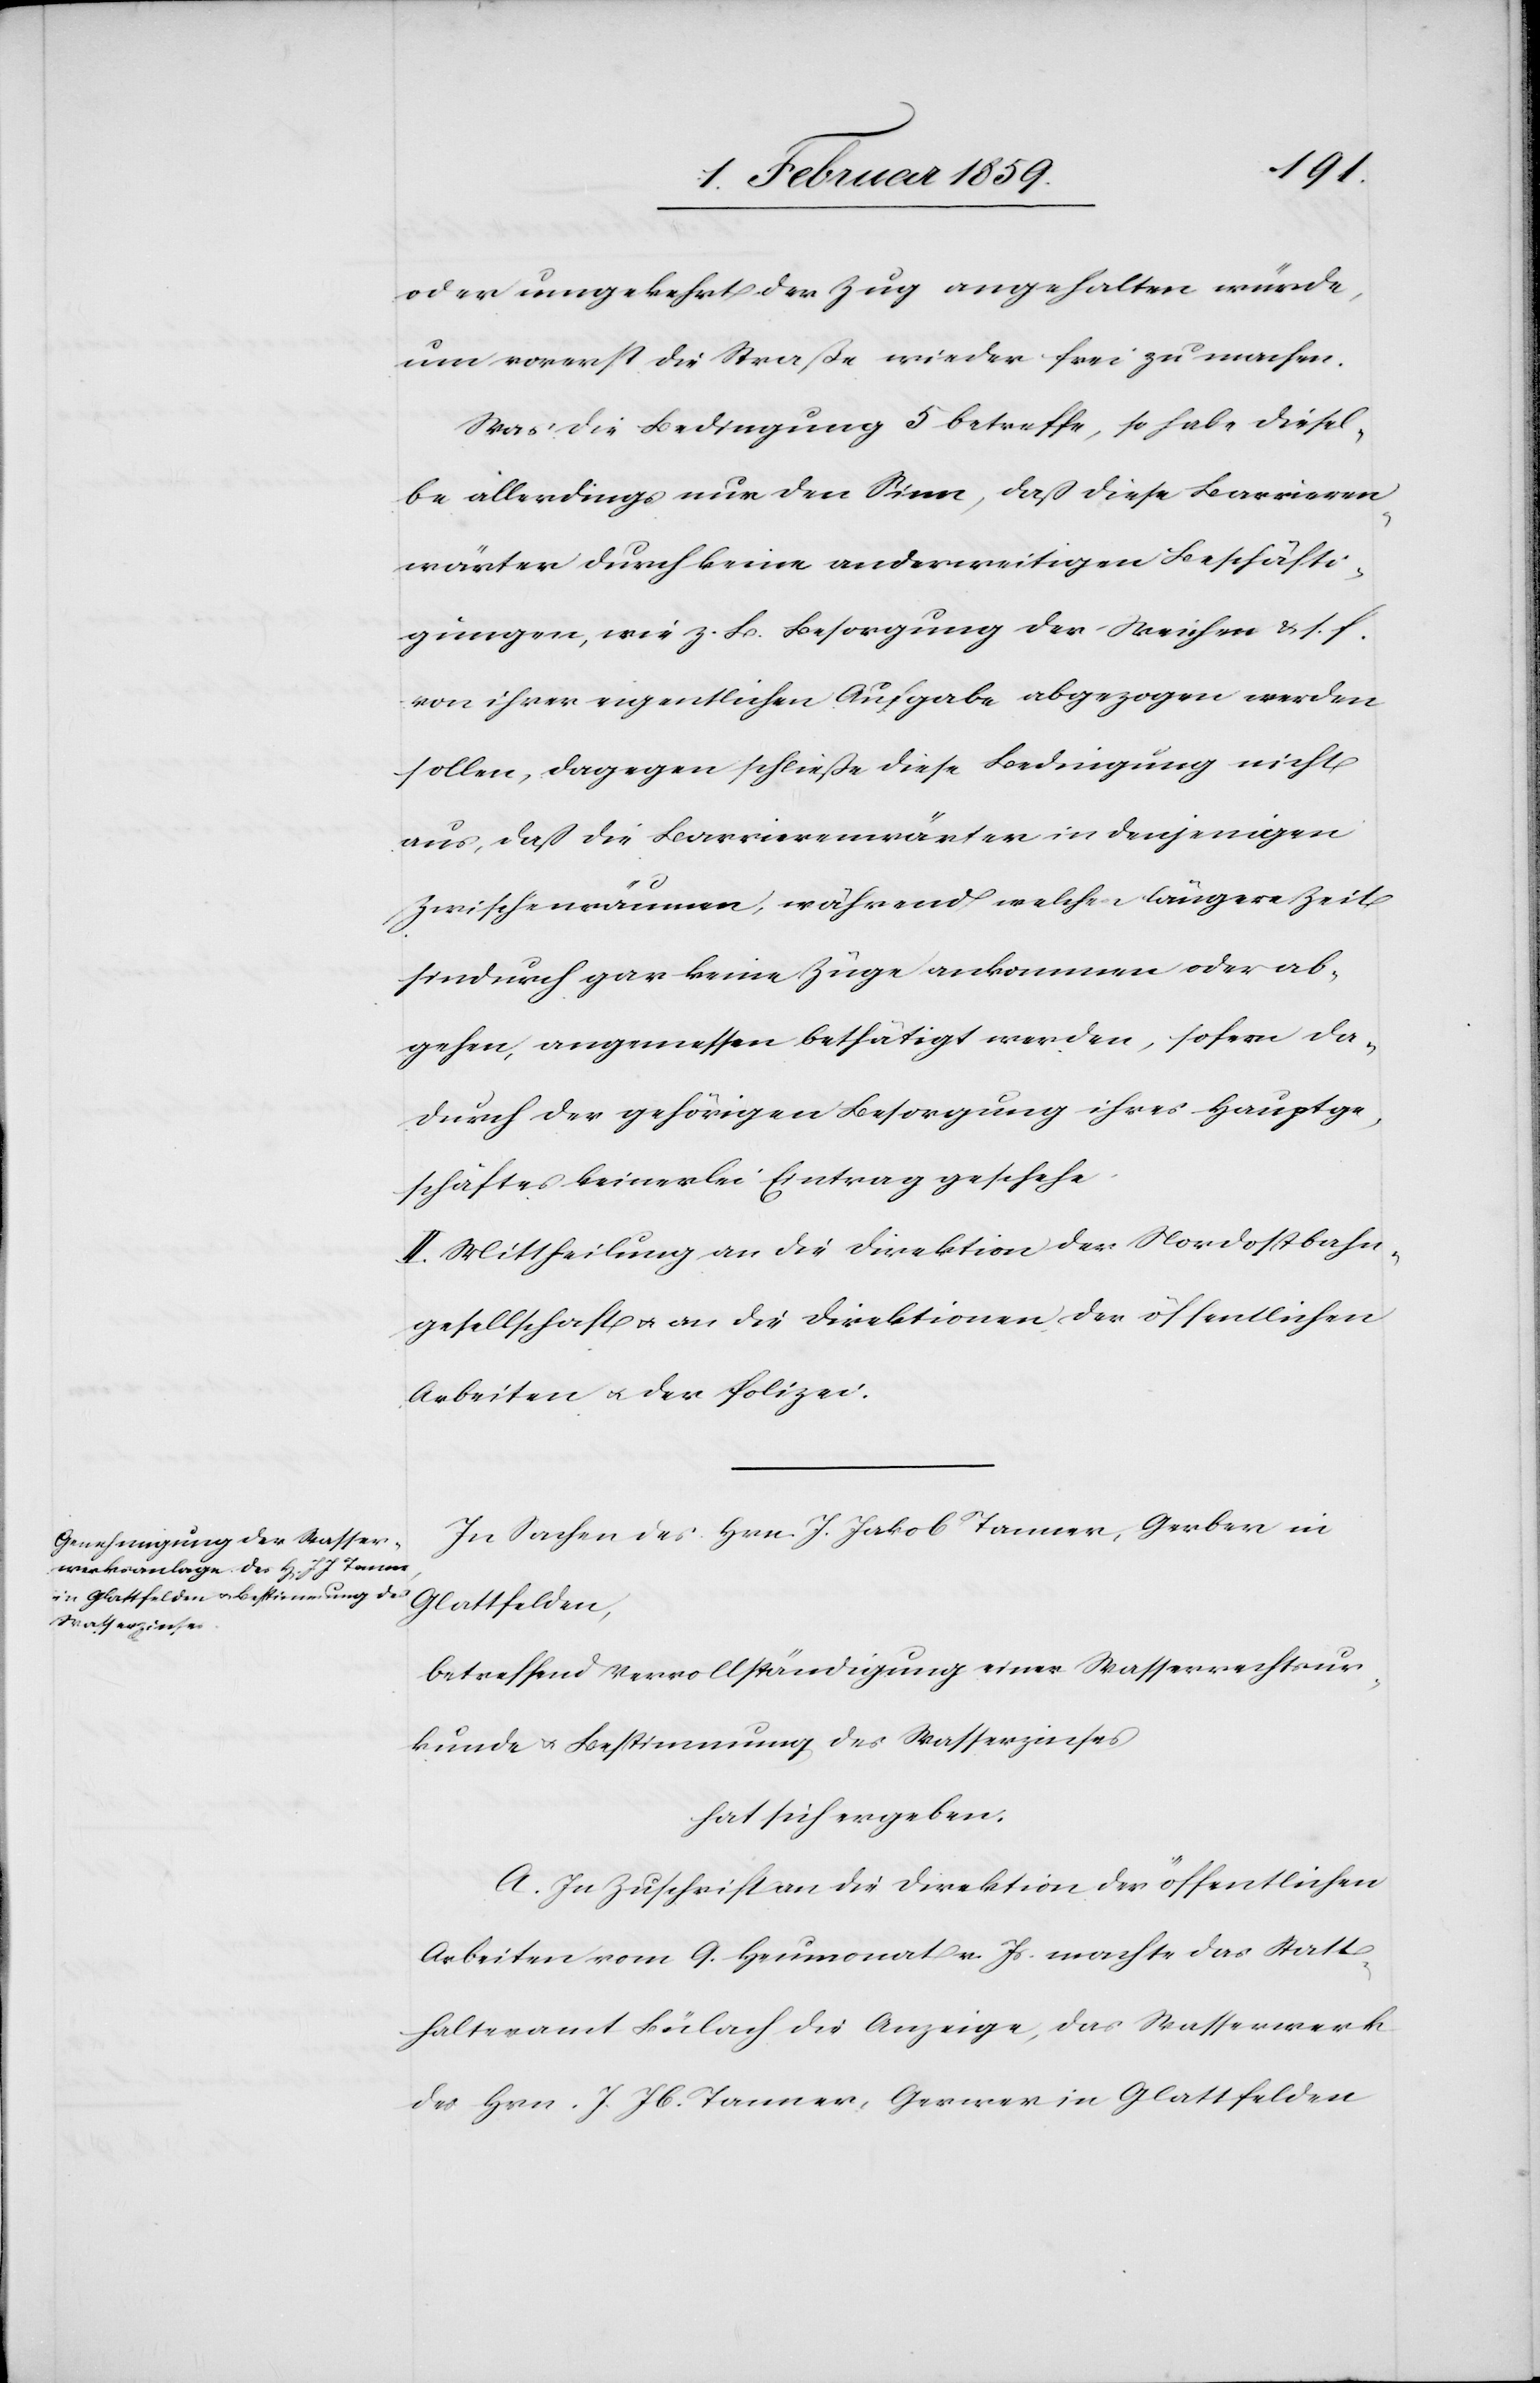
oder umgekehrt der Zug angehalten würde,
um vorerst die Straße wieder frei zu machen.
Was die Bedingung 5 betreffe, so habe diesel¬
be allerdings nur den Sinn, daß diese Barrieren¬
wärter durch keine anderweitigen Beschäfti¬
gungen, wie z. B. Besorgung der Weichen u. s. f.
von ihrer eigentlichen Aufgabe abgezogen werden
sollen, dagegen schließe diese Bedingung nicht
aus, daß die Barrierenwärter in denjenigen
Zwischenräumen, während welchen längere Zeit
hindurch gar keine Züge ankommen oder ab¬
gehen, angemessen bethätigt werden, sofern da¬
durch der gehörigen Besorgung ihres Hauptge¬
schäftes keinerlei Eintrag geschehe.
II Mittheilung an die Direktion der Nordostbahn¬
gesellschaft u. an die Direktion der öffentlichen
Arbeiten u. der Polizei.
In Sachen des Hrn. J. Jakob Tanner, Gerber in
Glattfelden,
betreffend Vervollständigung einer Wasserrechtsur¬
kunde u. Bestimmung des Wasserzinses
hat sich ergeben:
A. In Zuschrift an die Direktion der öffentlichen
Arbeiten vom 9. Heumonat v. Js. machte das Statt¬
halteramt Bülach die Anzeige, das Wasserwerk
des Hrn. J. Jb. Tanner, Gerwer [sic!] in Glattfelden